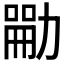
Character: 𪟣